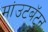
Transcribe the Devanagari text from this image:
मांउटबॅटन